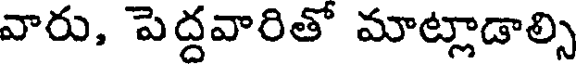
వారు, పెద్దవారితో మాట్లాడాల్సి